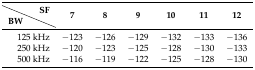
|  | SF | <ROWSPAN=2> 7 | <ROWSPAN=2> 8 | <ROWSPAN=2> 9 | <ROWSPAN=2> 10 | <ROWSPAN=2> 11 | <ROWSPAN=2> 12 |
 | BW |  |
 | --- | --- | --- | --- | --- | --- | --- | --- |
 | <COLSPAN=2> 125 kHz | −123 | −126 | −129 | −132 | −133 | −136 |
 | <COLSPAN=2> 250 kHz | −120 | −123 | −125 | −128 | −130 | −133 |
 | <COLSPAN=2> 500 kHz | −116 | −119 | −122 | −125 | −128 | −130 |